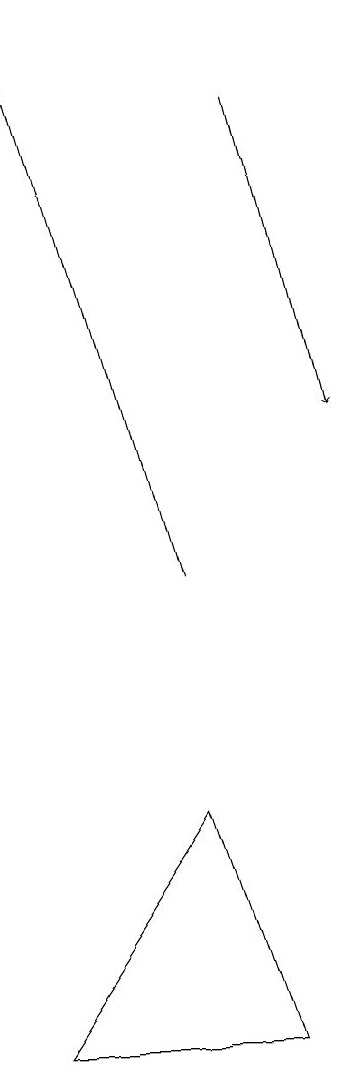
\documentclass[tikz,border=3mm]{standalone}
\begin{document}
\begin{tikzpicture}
\draw[->] (7,12) -- (5,19);
\draw (7,9) -- (5,6) -- (8,6) -- cycle;
\draw[->] (8,18) -- (9,14);
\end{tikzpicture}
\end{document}